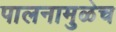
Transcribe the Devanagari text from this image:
पालनामुळेच